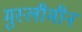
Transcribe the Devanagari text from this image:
मुस्लीमीन